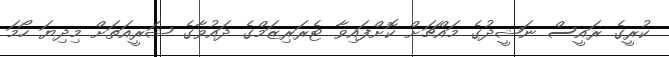
ކުރީގެ ރައީސް ނަޝީދުގެ މައްޗަށް ކޮށްފައިވާ ޓެރަރިޒަމްގެ ދައުވާގެ ޝަރީއަތަށް މިދިޔަ ހޯމަ